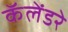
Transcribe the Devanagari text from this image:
कॅलेंडरे